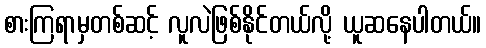
စားကြရာမှတစ်ဆင့် လူလဲဖြစ်နိုင်တယ်လို့ ယူဆနေပါတယ်။